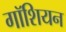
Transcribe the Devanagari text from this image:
गॉशियन